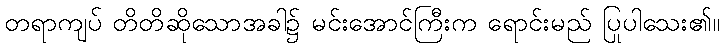
တရာကျပ် တိတိဆိုသောအခါ၌ မင်းအောင်ကြီးက ရောင်းမည် ပြုပါသေး၏။